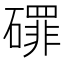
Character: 𱴷